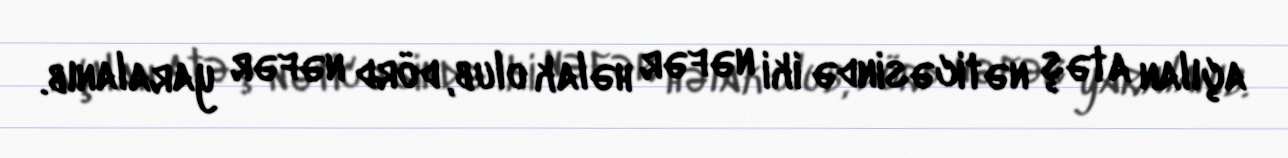
açılan atəş nəticəsində iki nəfər həlak olub, dörd nəfər yaralanıb.